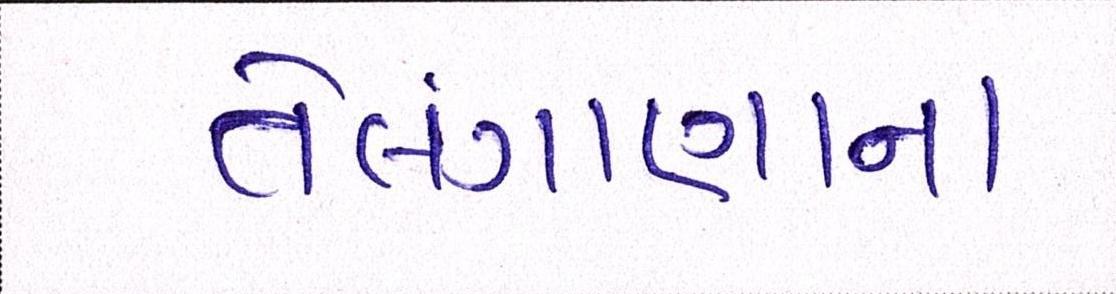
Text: તેલંગાણાના